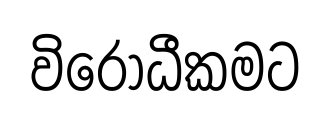
විරෝධීකමට